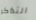
التذاكر